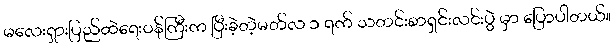
မလေးရှားပြည်ထဲရေးဝန်ကြီးက ပြီးခဲ့တဲ့မတ်လ ၁ ရက် သတင်းစာရှင်းလင်းပွဲ မှာ ပြောပါတယ်။